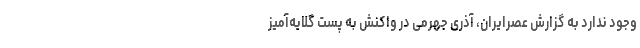
وجود ندارد به گزارش عصرایران، آذری جهرمی در واکنش به پست گلایه‌آمیز